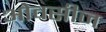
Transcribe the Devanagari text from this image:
ओवसीज